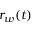
r _ { w } ( t )